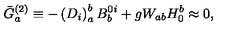
\bar { G } _ { a } ^ { ( 2 ) } \equiv - \left( D _ { i } \right) _ { a } ^ { b } B _ { b } ^ { 0 i } + g W _ { a b } H _ { 0 } ^ { b } \approx 0 ,